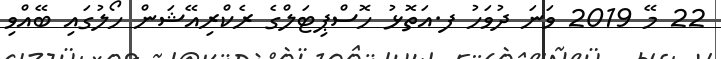
22 މޭ 2019 ވަނަ ދުވަހު ފ.އަތޮޅު ހޮސްޕިޓަލްގެ ރެކްރިއޭޝަން ހޯލުގައި ބޭއްވި